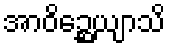
အာဝိဉ္ဆေယျာသိ